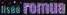
lisää romua